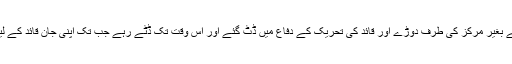
ایک لمحہ ضائع کیے بغیر مرکز کی طرف دوڑے اور قائد کی تحریک کے دفاع میں ڈٹ گئے اور اس وقت تک ڈٹے رہے جب تک اپنی جان قائد کے لیے قربان نہ کر دی۔